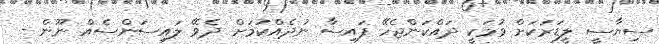
ސިޔާސީ ލީޑަރަކަށް ވުމަކީ ދައްކަންޖެހޭ ފައިސާ ނުދެއްކުމަށް ދެވޭ ލައިސަންސެއް ނޫން -